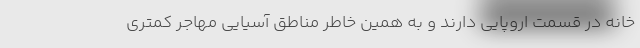
خانه در قسمت اروپایی دارند و به همین خاطر مناطق آسیایی مهاجر کمتری